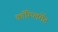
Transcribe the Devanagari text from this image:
कॉम्प्लिमेंट